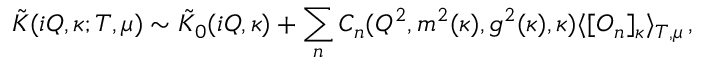
\tilde { K } ( i Q , \kappa ; T , \mu ) \sim \tilde { K } _ { 0 } ( i Q , \kappa ) + \sum _ { n } C _ { n } ( Q ^ { 2 } , m ^ { 2 } ( \kappa ) , g ^ { 2 } ( \kappa ) , \kappa ) \langle [ O _ { n } ] _ { \kappa } \rangle _ { T , \mu } \, ,